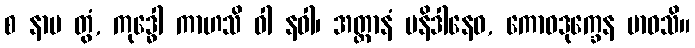
စ နာမ တွံ, ကုဒ္ဓေါ ကာဟသိ ဝါ နဝါ၊ အတ္တာနံ ပနိဒါနေဝ, ကောဓဒုက္ခေန ဗာဓသိ။